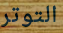
التوتر